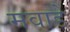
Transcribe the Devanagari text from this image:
मवाडे